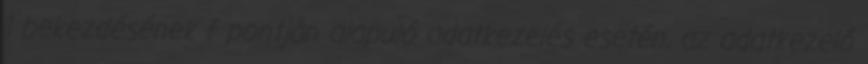
1 bekezdésének f pontján alapuló adatkezelés esetén, az adatkezelő